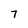
Character: 7